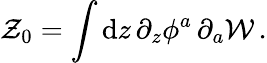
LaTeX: {\cal Z}_{0}=\int\mathrm{d}z\, \partial_{z}\phi^{a}\, \partial_{a}{\cal W}\, .